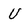
Character: U